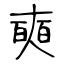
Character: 奭